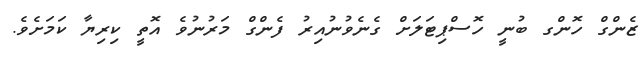
ޒެންގް ހޮންްގ ބުނީ ހޮސްޕިޓަލަށް ގެނެވުނުއިރު ފެންގް މަރުނުވެ އޮތީ ކިރިޔާ ކަމަށެވެ.